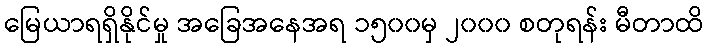
မြေယာရရှိနိုင်မှု အခြေအနေအရ ၁၅၀၀မှ ၂၀၀၀ စတုရန်း မီတာထိ